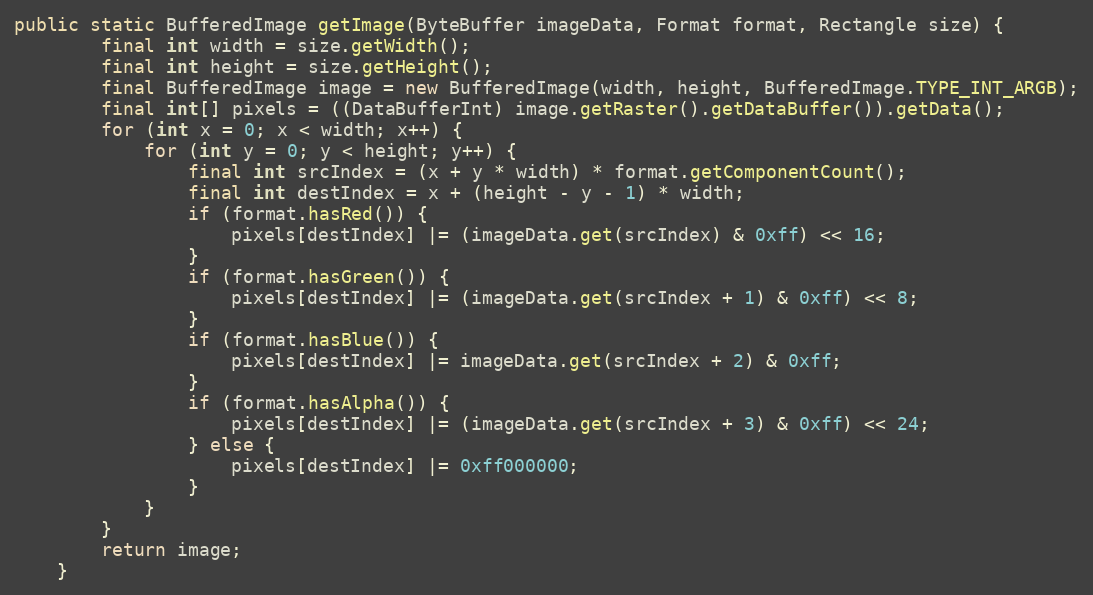
Language: Java
public static BufferedImage getImage(ByteBuffer imageData, Format format, Rectangle size) {
        final int width = size.getWidth();
        final int height = size.getHeight();
        final BufferedImage image = new BufferedImage(width, height, BufferedImage.TYPE_INT_ARGB);
        final int[] pixels = ((DataBufferInt) image.getRaster().getDataBuffer()).getData();
        for (int x = 0; x < width; x++) {
            for (int y = 0; y < height; y++) {
                final int srcIndex = (x + y * width) * format.getComponentCount();
                final int destIndex = x + (height - y - 1) * width;
                if (format.hasRed()) {
                    pixels[destIndex] |= (imageData.get(srcIndex) & 0xff) << 16;
                }
                if (format.hasGreen()) {
                    pixels[destIndex] |= (imageData.get(srcIndex + 1) & 0xff) << 8;
                }
                if (format.hasBlue()) {
                    pixels[destIndex] |= imageData.get(srcIndex + 2) & 0xff;
                }
                if (format.hasAlpha()) {
                    pixels[destIndex] |= (imageData.get(srcIndex + 3) & 0xff) << 24;
                } else {
                    pixels[destIndex] |= 0xff000000;
                }
            }
        }
        return image;
    }